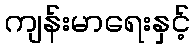
ကျန်းမာရေးနှင့်